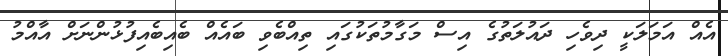
އެއް އަމަލަކީ ދިވެހި ދައުލަތުގެ އިސް މަގާމުތަކުގައި ތިއްބެވި ބައެއް ބެއިބެއިފުޅުންނަށް އާއްމު